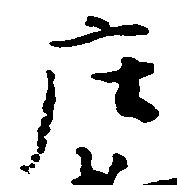
庄